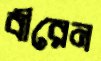
বীরেন